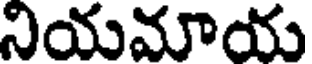
నియమాయ